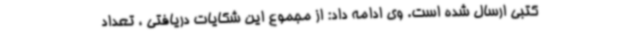
کتبی ارسال شده است. وی ادامه داد: از مجموع این شکایات دریافتی ، تعداد